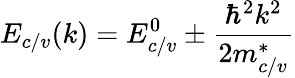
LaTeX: E_{c/v}(k)=E_{c/v}^{0}\pm\frac{\hbar^{2}k^{2}}{2m_{c/v}^{*}}